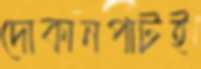
দোকানপাটই